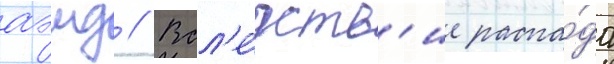
аэмд // Всл'е́дств'ие распа́да